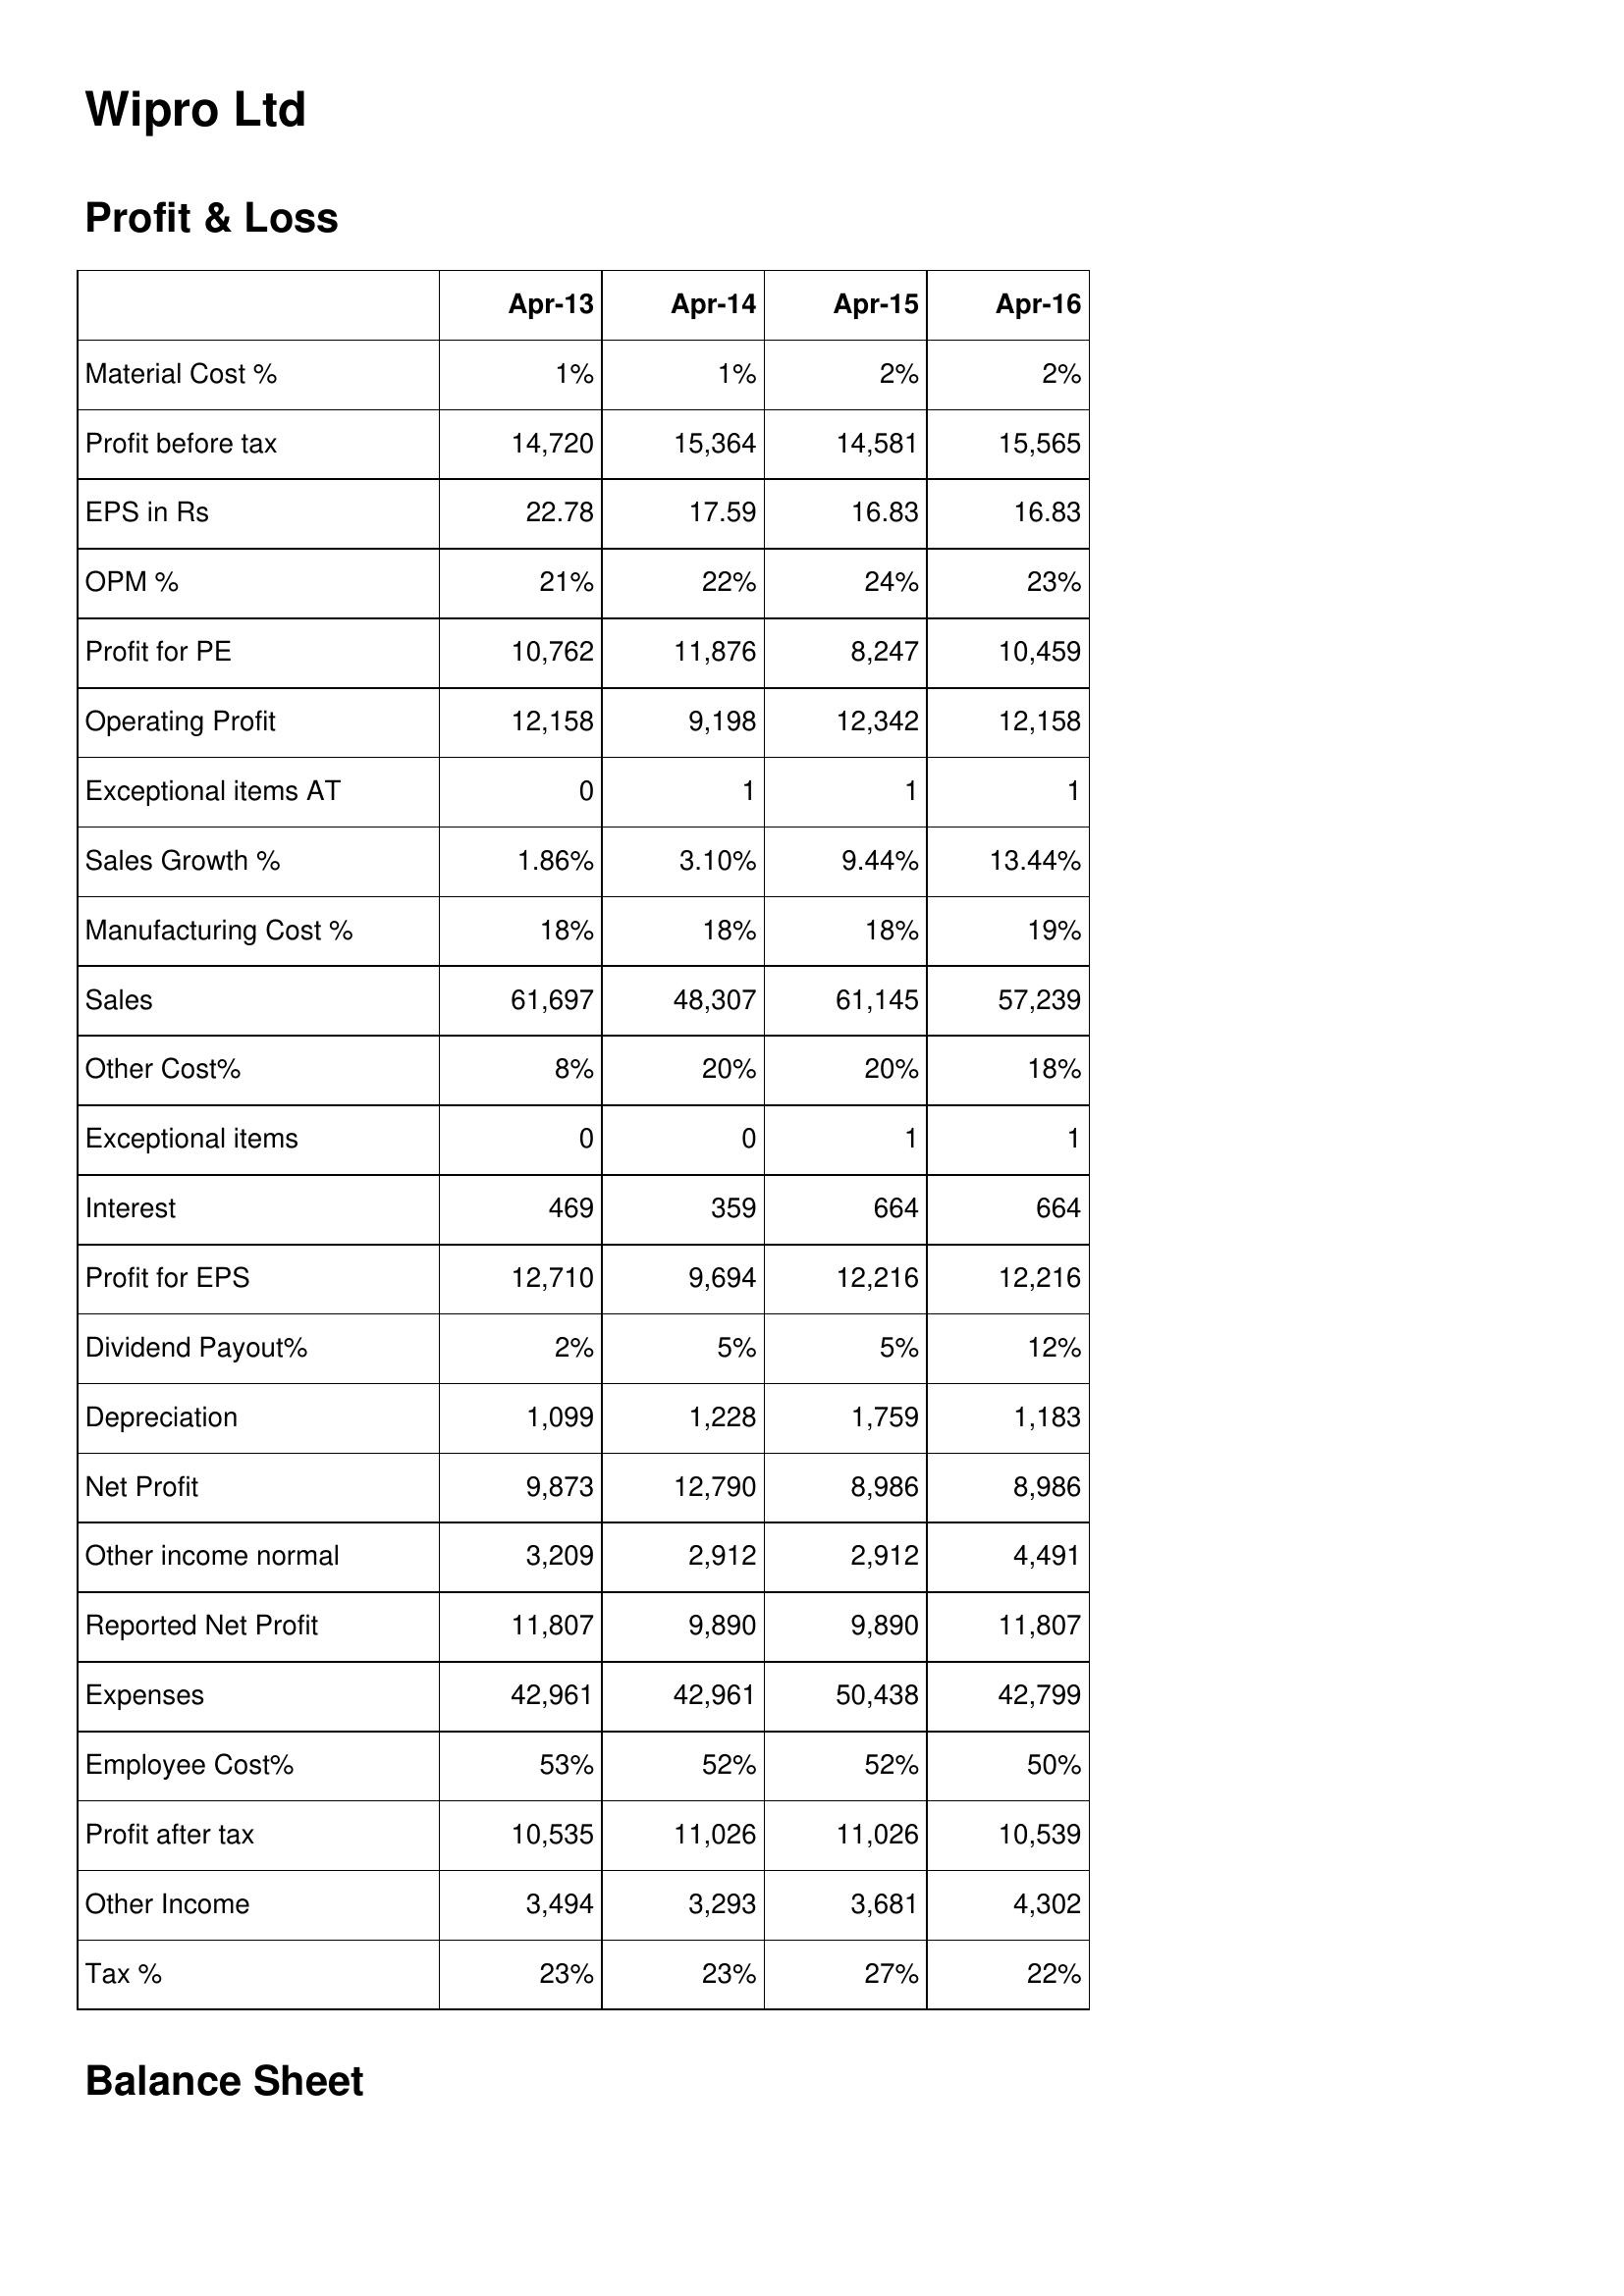
Apr-13: Profit & Loss: Material Cost %: 1%
Profit before tax: 14,720
EPS in Rs: 22.78
OPM %: 21%
Profit for PE: 10,762
Operating Profit: 12,158
Exceptional items AT: 0
Sales Growth %: 1.86%
Manufacturing Cost %: 18%
Sales: 61,697
Other Cost%: 8%
Exceptional items: 0
Interest: 469
Profit for EPS: 12,710
Dividend Payout%: 2%
Depreciation: 1,099
Net Profit: 9,873
Other income normal: 3,209
Reported Net Profit: 11,807
Expenses: 42,961
Employee Cost%: 53%
Profit after tax: 10,535
Other Income: 3,494
Tax %: 23%
Apr-14: Profit & Loss: Material Cost %: 1%
Profit before tax: 15,364
EPS in Rs: 17.59
OPM %: 22%
Profit for PE: 11,876
Operating Profit: 9,198
Exceptional items AT: 1
Sales Growth %: 3.10%
Manufacturing Cost %: 18%
Sales: 48,307
Other Cost%: 20%
Exceptional items: 0
Interest: 359
Profit for EPS: 9,694
Dividend Payout%: 5%
Depreciation: 1,228
Net Profit: 12,790
Other income normal: 2,912
Reported Net Profit: 9,890
Expenses: 42,961
Employee Cost%: 52%
Profit after tax: 11,026
Other Income: 3,293
Tax %: 23%
Apr-15: Profit & Loss: Material Cost %: 2%
Profit before tax: 14,581
EPS in Rs: 16.83
OPM %: 24%
Profit for PE: 8,247
Operating Profit: 12,342
Exceptional items AT: 1
Sales Growth %: 9.44%
Manufacturing Cost %: 18%
Sales: 61,145
Other Cost%: 20%
Exceptional items: 1
Interest: 664
Profit for EPS: 12,216
Dividend Payout%: 5%
Depreciation: 1,759
Net Profit: 8,986
Other income normal: 2,912
Reported Net Profit: 9,890
Expenses: 50,438
Employee Cost%: 52%
Profit after tax: 11,026
Other Income: 3,681
Tax %: 27%
Apr-16: Profit & Loss: Material Cost %: 2%
Profit before tax: 15,565
EPS in Rs: 16.83
OPM %: 23%
Profit for PE: 10,459
Operating Profit: 12,158
Exceptional items AT: 1
Sales Growth %: 13.44%
Manufacturing Cost %: 19%
Sales: 57,239
Other Cost%: 18%
Exceptional items: 1
Interest: 664
Profit for EPS: 12,216
Dividend Payout%: 12%
Depreciation: 1,183
Net Profit: 8,986
Other income normal: 4,491
Reported Net Profit: 11,807
Expenses: 42,799
Employee Cost%: 50%
Profit after tax: 10,539
Other Income: 4,302
Tax %: 22%